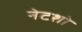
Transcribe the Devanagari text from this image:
नेटशो